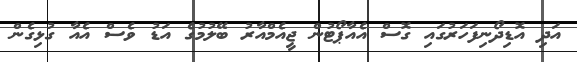
އަދި އޮޑިދޯނިފަހަރުގައި ގޮސް އެއާޕޯޓުން ޖީއެމްއާރު ބޭލުމުގެ އަޑު ވެސް އެއާ ގުޅިގެން